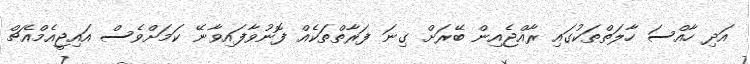
އަދި ހާއްސަ ހާލަތްތަކުގައި ރާއްޖެއިން ބޭރަށް ގިނަ ފަރާތްތަކެއް ފޮނުވާފައިވާނޭ ކަމަށްވެސް އައިޖީއެމްއެޗް